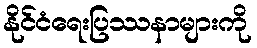
နိုင်ငံရေးပြဿနာများကို